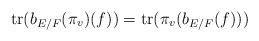
LaTeX: \begin{align*} \mathrm{tr}(b_{E/F}(\pi_v)(f))=\mathrm{tr}(\pi_v(b_{E/F}(f)))\end{align*}